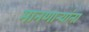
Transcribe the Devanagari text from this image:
मानणाऱ्यांना